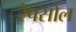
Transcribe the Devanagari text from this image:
रेपसोल